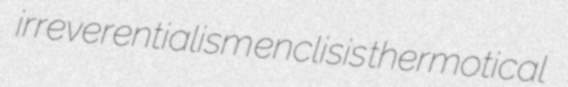
irreverentialism enclisis thermotical